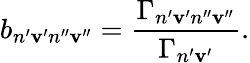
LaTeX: b_{n^{\prime}\mathbf{v}^{\prime}n^{\prime\prime}\mathbf{v}^{\prime\prime}}=\frac{{\Gamma_{n^{\prime}\mathbf{v}^{\prime}n^{\prime\prime}\mathbf{v}^{\prime\prime}}}}{{\Gamma_{n^{\prime}\mathbf{v}^{\prime}}}}.